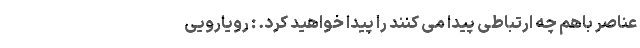
عناصر باهم چه ارتباطی پیدا می کنند را پیدا خواهید کرد. : رویارویی